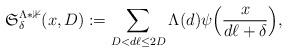
LaTeX: \begin{align*}\mathfrak{S}_{\delta}^{\Lambda*\mathbb{1}}(x, D):= \sum_{D<d\ell\le 2D} \Lambda(d) \psi\Big(\frac{x}{d\ell+\delta}\Big),\end{align*}